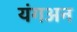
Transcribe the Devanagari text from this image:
यंगअन